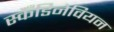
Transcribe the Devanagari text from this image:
स्कैँडिनेवियन